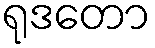
ရုဒတော